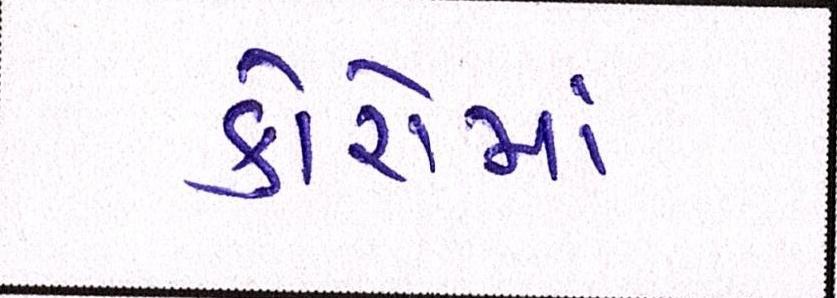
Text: કારોમાં